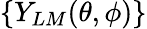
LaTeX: \{ Y_{LM}(\theta,\phi)\}